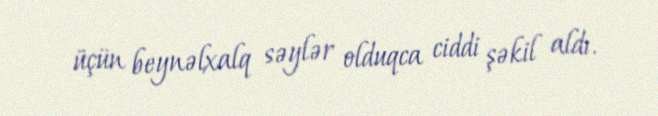
üçün beynəlxalq səylər olduqca ciddi şəkil aldı.